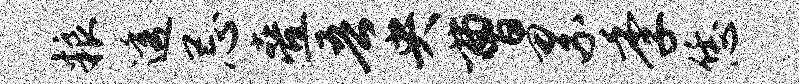
粮透忌叠吾央曹累季恁